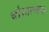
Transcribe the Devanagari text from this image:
चोरदरवाजा